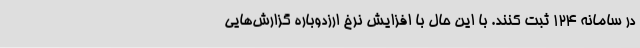
در سامانه 124 ثبت کنند. با این حال با افزایش نرخ ارزدوباره گزارش‌هایی